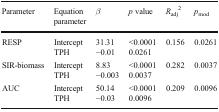
<table><thead><tr><td><b>Parameter</b></td><td><b>Equation parameter</b></td><td><b><i>β</i></b></td><td><b><i>p</i> value</b></td><td><b><i>R</i><sub>adj</sub><sup>2</sup></b></td><td><b><i>p</i><sub>mod</sub></b></td></tr></thead><tbody><tr><td rowspan="2">RESP</td><td>Intercept</td><td>31.31</td><td>&lt;0.0001</td><td rowspan="2">0.156</td><td rowspan="2">0.0261</td></tr><tr><td>TPH</td><td>−0.01</td><td>0.0261</td></tr><tr><td rowspan="2">SIR-biomass</td><td>Intercept</td><td>8.83</td><td>&lt;0.0001</td><td rowspan="2">0.282</td><td rowspan="2">0.0037</td></tr><tr><td>TPH</td><td>−0.003</td><td>0.0037</td></tr><tr><td rowspan="2">AUC</td><td>Intercept</td><td>50.14</td><td>&lt;0.0001</td><td rowspan="2">0.209</td><td rowspan="2">0.0096</td></tr><tr><td>TPH</td><td>−0.03</td><td>0.0096</td></tr></tbody></table>